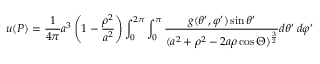
u ( P ) = { \frac { 1 } { 4 \pi } } a ^ { 3 } \left( 1 - { \frac { \rho ^ { 2 } } { a ^ { 2 } } } \right) \int _ { 0 } ^ { 2 \pi } \int _ { 0 } ^ { \pi } { \frac { g ( \theta ^ { \prime } , \varphi ^ { \prime } ) \sin \theta ^ { \prime } } { ( a ^ { 2 } + \rho ^ { 2 } - 2 a \rho \cos \Theta ) ^ { \frac { 3 } { 2 } } } } d \theta ^ { \prime } \, d \varphi ^ { \prime }